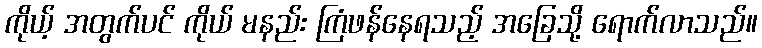
ကိုယ့် အတွက်ပင် ကိုယ် မနည်း ကြံဖန်နေရသည့် အခြေသို့ ရောက်လာသည်။